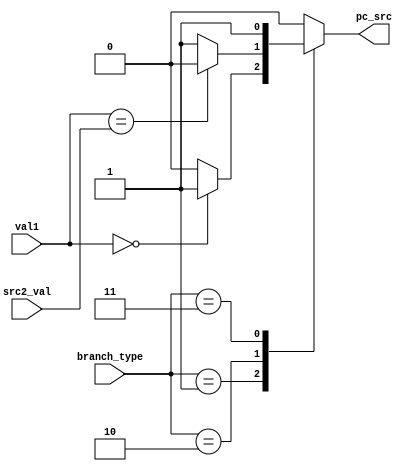
module Condition_check(
		input [31:0] val1,
		input [31:0] src2_val,
		input [1:0] branch_type,
		output reg pc_src
	);
	
	always @(*) begin
		case(branch_type)
			2'b01: begin
				if(val1 == 32'b0)
					pc_src = 1'b1;
				else begin
					pc_src = 1'b0;
				end
			end

			2'b10: begin
				if(~ (val1 == src2_val) )
					pc_src = 1'b1;
				else begin
					pc_src = 1'b0;
				end
			end

			2'b11:begin
				pc_src = 1'b1;
			end
			default: pc_src = 1'b0;

		
		endcase
	end

endmodule